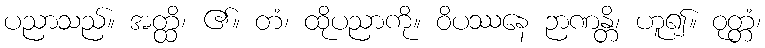
ပညာသည်။ အတ္ထိ၊ ၏။ တံ၊ ထိုပညာကို။ ဝိပဿနေ ဉာဏန္တိ၊ ဟူ၍။ ဝုတ္တံ၊